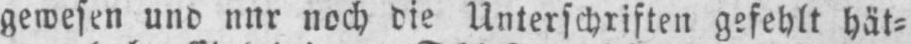
noch die Unterschriften gefehlt hät⸗